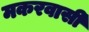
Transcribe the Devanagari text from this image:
मकरवासी